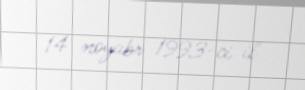
14 noyabr 1993-ci il